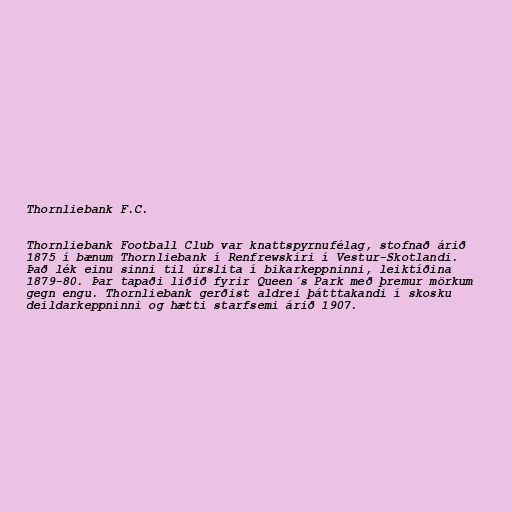
Thornliebank F.C.

Thornliebank Football Club var knattspyrnufélag, stofnað árið
1875 í bænum Thornliebank í Renfrewskíri í Vestur-Skotlandi.
Það lék einu sinni til úrslita í bikarkeppninni, leiktíðina
1879-80. Þar tapaði liðið fyrir Queen´s Park með þremur mörkum
gegn engu. Thornliebank gerðist aldrei þátttakandi í skosku
deildarkeppninni og hætti starfsemi árið 1907.